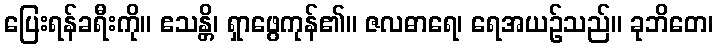
ပြေးရန်ခရီးကို။ ဧသန္တိ၊ ရှာဖွေကုန်၏။ ဇလဓာရေ၊ ရေအယဉ်သည်။ ခုဘိတေ၊